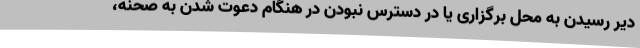
دیر رسیدن به محل برگزاری یا در دسترس نبودن در هنگام دعوت شدن به صحنه،